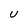
Character: U